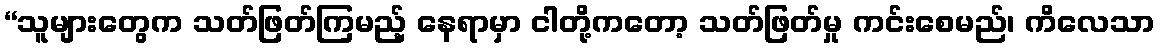
“သူများတွေက သတ်ဖြတ်ကြမည့် နေရာမှာ ငါတို့ကတော့ သတ်ဖြတ်မှု ကင်းစေမည်၊ ကိလေသာ